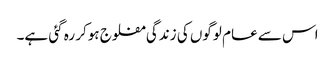
اس سے عام لوگوں کی زندگی مفلوج ہوکر رہ گئی ہے۔